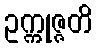
ဥက္ကုဇ္ဇတိ